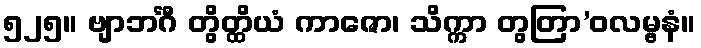
၅၂၅။ ဗျာဘင်္ဂီ တွိတ္ထိယံ ကာဇော၊ သိက္ကာ တွတြာ’ဝလမ္ဗနံ။